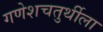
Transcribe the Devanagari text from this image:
गणेशचतुर्थीला